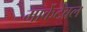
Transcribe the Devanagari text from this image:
मार्केटेबल